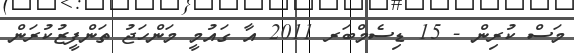
މަސް ކުރިން - 15 ޑިސެމްބަރ 2011 އާ ގައުމީ މަންހަޖު ތަންފީޒުކުރަން